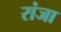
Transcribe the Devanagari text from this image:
रांजा